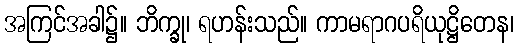
အကြင်အခါ၌။ ဘိက္ခု၊ ရဟန်းသည်။ ကာမရာဂပရိယုဋ္ဌိတေန၊